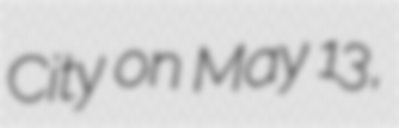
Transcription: City on May 13,